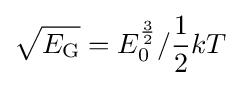
{\sqrt {E_{\text{G}}}}=E_{0}^{\frac {3}{2}}/{\frac {1}{2}}kT